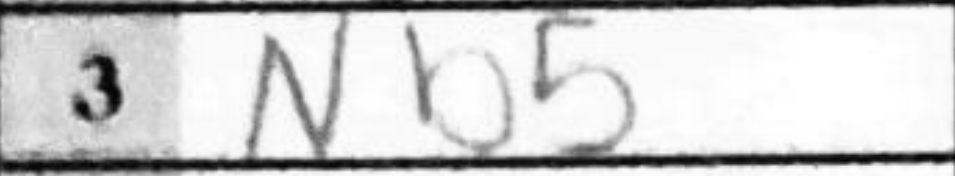
Transcription: Nb5